Punjab Mental Hospital Lahore 1932-46 - 1932-1946
Year: 1932
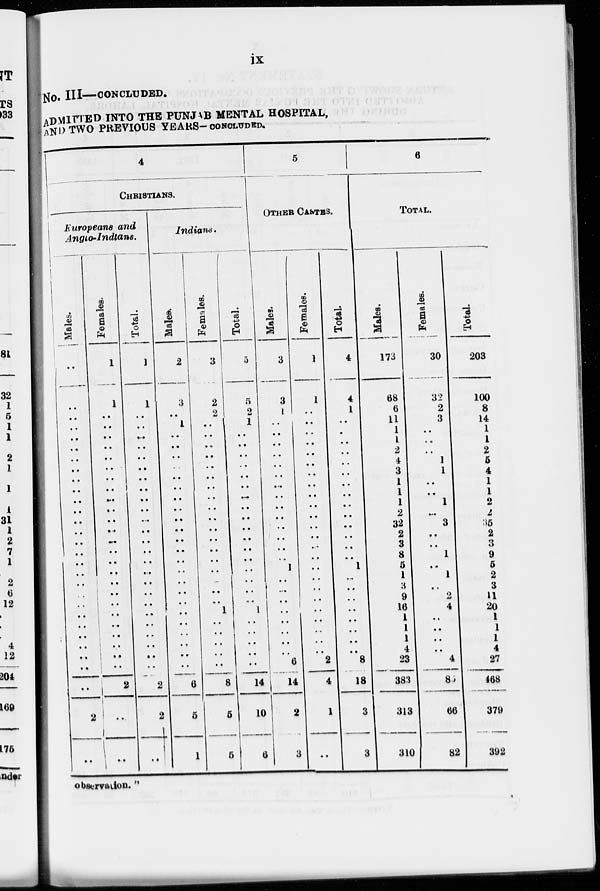
ix
No. III—CONCLUDED.
ADMITTED INTO THE PUNJAB MENTAL HOSPITAL,
AND TWO PREVIOUS YEARS- CONCLUDED.
4
CHRISTIANS.
Europeans and
Anglo-Indians.
Males.
..
..
..
..
..
..
..
..
..
..
..
..
..
..
..
..
..
..
..
..
..
..
..
..
..
..
2
..
Females.
1
1
..
..
..
..
..
..
..
..
..
..
..
..
..
..
..
..
..
..
..
..
..
..
..
..
..
2
..
..
Total.
1
1
..
..
..
..
..
..
..
..
..
..
..
..
..
..
..
..
..
..
..
..
..
..
..
..
..
2
2
..
Indians.
Males.
2
3
..
1
..
..
..
..
..
..
..
..
..
..
..
..
..
..
..
..
..
..
..
..
..
..
6
5
1
Females.
3
2
2
..
..
..
..
..
..
..
..
..
..
..
..
..
..
..
..
..
..
1
..
..
..
..
..
8
5
5
Total.
5
5
2
1
..
..
..
..
..
..
..
..
..
..
..
..
..
..
..
..
..
1
..
..
..
..
..
14
10
6
5
OTHER CASTES.
Males.
3
3
1
..
..
..
..
..
..
..
..
..
..
..
..
..
..
1
..
..
..
..
..
..
..
..
6
14
2
3
Females.
1
1
..
..
..
..
..
..
..
..
..
..
..
..
..
..
..
..
..
..
..
..
..
..
..
..
2
4
1
..
Total
4
4
1
..
..
..
..
..
..
..
..
..
..
..
..
..
..
1
..
..
..
..
..
..
..
8
18
3
3
6
TOTAL.
Males.
_
173
68
6
11
1
1
2
4
3
1
1
1
2
32
2
3
8
5
1
3
9
16
1
1
1
4
23
383
313
310
Females.
30
32
2
3
..
..
..
1
1
..
..
1
..
3
..
..
1
..
1
..
2
4
..
..
..
..
4
85
66
82
Total
203
100
8
14
1
1
2
5
4
1
1
2
2
35
2
3
9
5
2
3
11
20
..
..
..
..
27
468
379
392
observation."